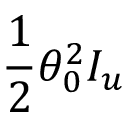
\frac { 1 } { 2 } \theta _ { 0 } ^ { 2 } I _ { u }